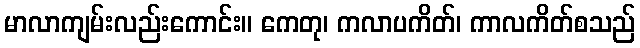
မာလာကျမ်းလည်းကောင်း။ ကေတု၊ ကလာပကိတ်၊ ကာလကိတ်စသည်